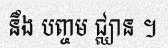
នឹង បញ្ចម ជ្ឈាន ។